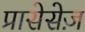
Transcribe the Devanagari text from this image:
प्रासेसेज़